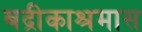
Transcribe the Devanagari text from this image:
बद्रीकाश्रमास